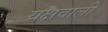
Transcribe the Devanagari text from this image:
यक्षवाली